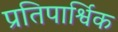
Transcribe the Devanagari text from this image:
प्रतिपार्श्विक